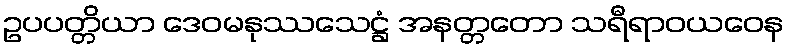
ဥပပတ္တိယာ ဒေဝမနုဿသေဋ္ဌံ အနတ္တတော သရီရာဝယဝေန